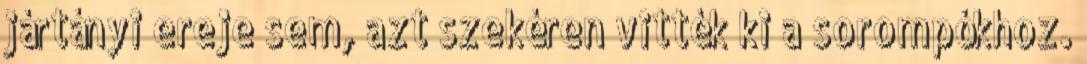
jártányi ereje sem, azt szekéren vitték ki a sorompókhoz.